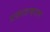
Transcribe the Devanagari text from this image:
प्रकाशकरण